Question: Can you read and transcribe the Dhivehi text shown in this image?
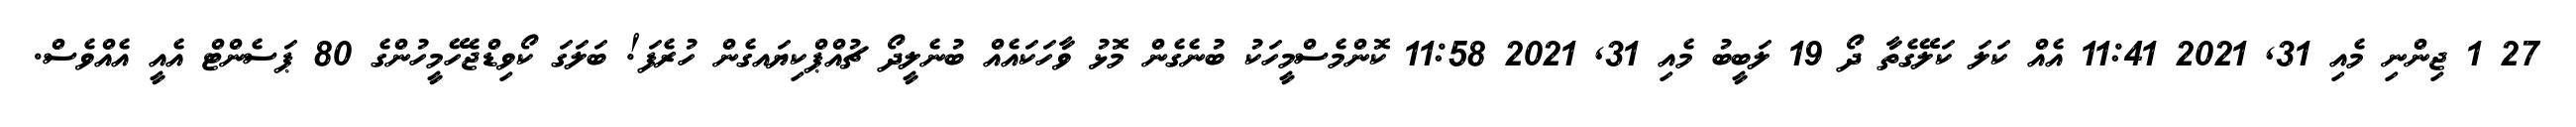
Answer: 27 1 ޖިންނި މެއި 31, 2021 11:41 އެއް ކަލަ ކަލޭގެތާ ދޯ 19 ލަބީބު މެއި 31, 2021 11:58 ކޮންމެސްމީހަކު ބުނެގެން މޮޅު ވާހަކައެއް ބުނެލީދޯ ޗުއްޕްކިޔައގެން ހުރެފަ! ބަލަގަ ކޯވިޑްޖެހޭމީހުންގެ 80 ޕަސެންޓް އެއީ އެއްވެސް.